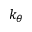
k _ { \theta }